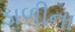
ડાળીના